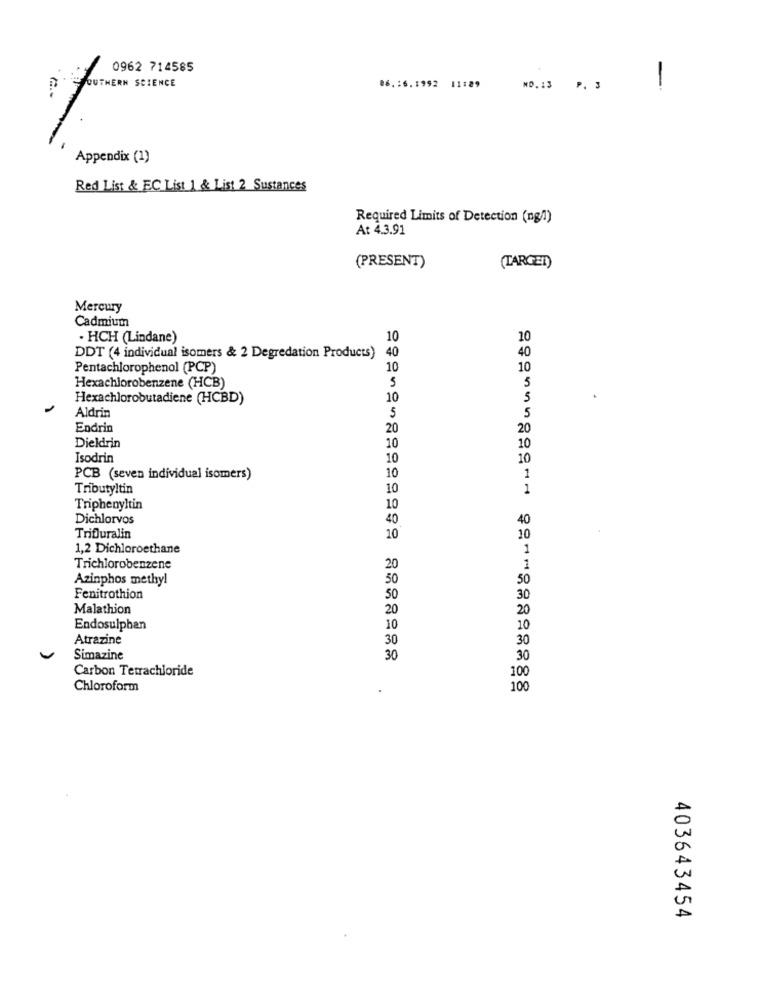
0962 714585
SOUTHERN SCIENCE
11:89
86.16.1992
NO. 13
P. 3
-
Appendix (1)
Red List & EC List 1 & List 2 Sustances
Required Limits of Detection (ng/1)
At 4.3.91
(PRESENT)
(TARGET)
Mercury
Cadmium
· HCH (Lindane)
10
10
40
DDT (4 individual isomers & 2 Degredation Products)
40
Pentachlorophenol (PCP)
10
10
Hexachlorobenzene (HCB)
5
5
Hexachlorobutadiene (HCBD)
10
Aldrin
5
5
Endrin
20
20
Dieldrin
10
10
Isodrin
10
10
PCB (seven individual isomers)
10
1
Tributyltin
10
1
Triphenyltin
10
Dichlorvos
40
40
TriDuralin
10
10
1,2 Dichloroethane
1
Trichlorobenzene
20
1
Azinphos methyl
50
50
Fenitrothion
50
30
Malathion
20
20
Endosulphan
10
10
Atrazine
30
30
Simazine
30
30
Carbon Tetrachloride
100
Chloroform
100
403643454